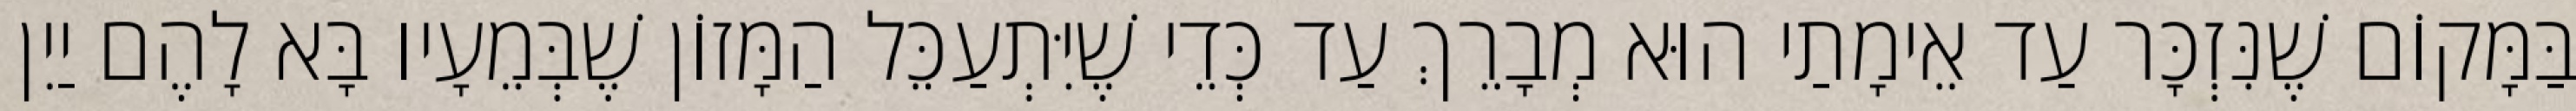
בַּמָּקוֹם שֶׁנִּזְכָּר עַד אֵימָתַי הוּא מְבָרֵךְ עַד כְּדֵי שֶׁיִּתְעַכֵּל הַמָּזוֹן שֶׁבְּמֵעָיו בָּא לָהֶם יַיִן